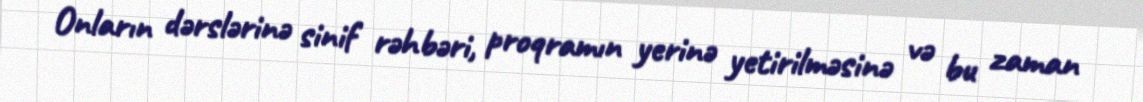
Onların dərslərinə sinif rəhbəri, proqramın yerinə yetirilməsinə və bu zaman